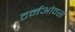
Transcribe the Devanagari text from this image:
टर्नओवर्स